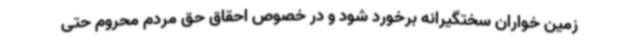
زمین خواران سختگیرانه برخورد شود و در خصوص احقاق حق مردم محروم حتی